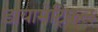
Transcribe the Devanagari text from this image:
डायामेट्रिकल